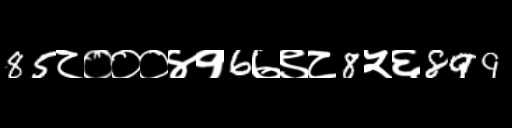
Text: 85८०००४१6७९८8५६899